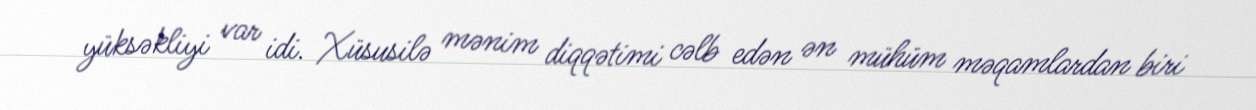
yüksəkliyi var idi. Xüsusilə mənim diqqətimi cəlb edən ən mühüm məqamlardan biri